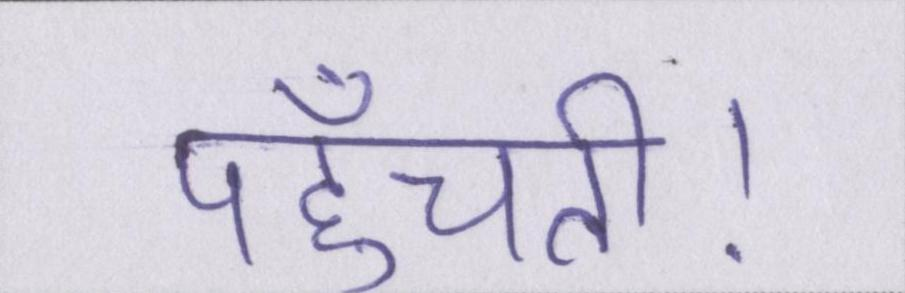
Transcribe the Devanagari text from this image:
पहुँचती।